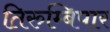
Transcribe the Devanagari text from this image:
तिरुम्बिपार